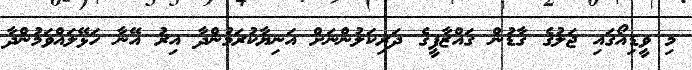
މި ވީޑިއޯގައި ޖަލުގެ ގާޑުން ގައްޒާފީގެ ދަރިކަލުންނަށް އަނިޔާކުރަމުންދާ އިރު އޭނާ ހަޅޭލައްވަމުންދާ